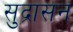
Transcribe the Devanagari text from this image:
सुद्रासन